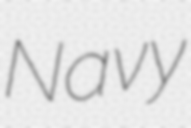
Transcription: Navy